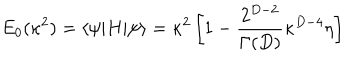
E _ { 0 } ( \kappa ^ { 2 } ) = \langle \psi | H | \psi \rangle = \kappa ^ { 2 } \left[ 1 - { \frac { 2 ^ { D - 2 } } { \Gamma ( D ) } } \kappa ^ { D - 4 } \eta \right]